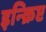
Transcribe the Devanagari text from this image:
इन्क्रिप्ट